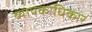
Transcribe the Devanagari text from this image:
व्यापकाधिकार